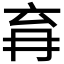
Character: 𭁩